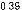
0.39